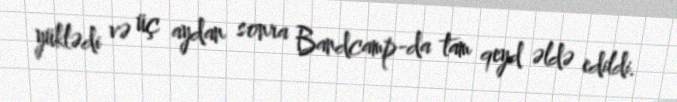
yüklədi və üç aydan sonra Bandcamp-da tam qeyd əldə edildi.